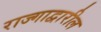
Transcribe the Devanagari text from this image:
राज्गाद्वारील